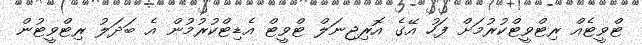
ޓްވީޓެއް ރިޓްވީޓްކުރުމަށް ފަހު އޭގެ އޮރިޖިނަލް ޓްވީޓް އެޑިޓްކުރުމުން އެ ބަދަލު ރިޓްވީޓުން